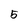
Character: 5